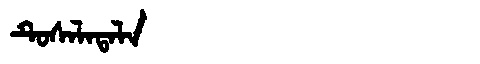
Manchu: ᡨᡠᠰᠠᠯᠠᡨᠠᠯᠠ
Romanization: TUSALATALA